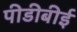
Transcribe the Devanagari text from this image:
पीडीबीई